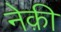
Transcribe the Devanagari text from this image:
नेक़ी